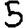
Digit: 5